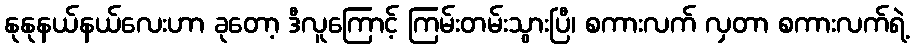
နုနုနယ်နယ်လေးဟာ ခုတော့ ဒီလူကြောင့် ကြမ်းတမ်းသွားပြီ၊ စကားလက် လှတာ စကားလက်ရဲ့